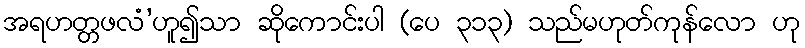
အရဟတ္တဖလံ’ဟူ၍သာ ဆိုကောင်းပါ (ပေ ၃၁၃) သည်မဟုတ်ကုန်လော ဟု